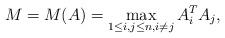
LaTeX: \begin{align*}M=M(A)=\max_{1\leq i,j\leq n,i\neq j}A_i^TA_j,\end{align*}